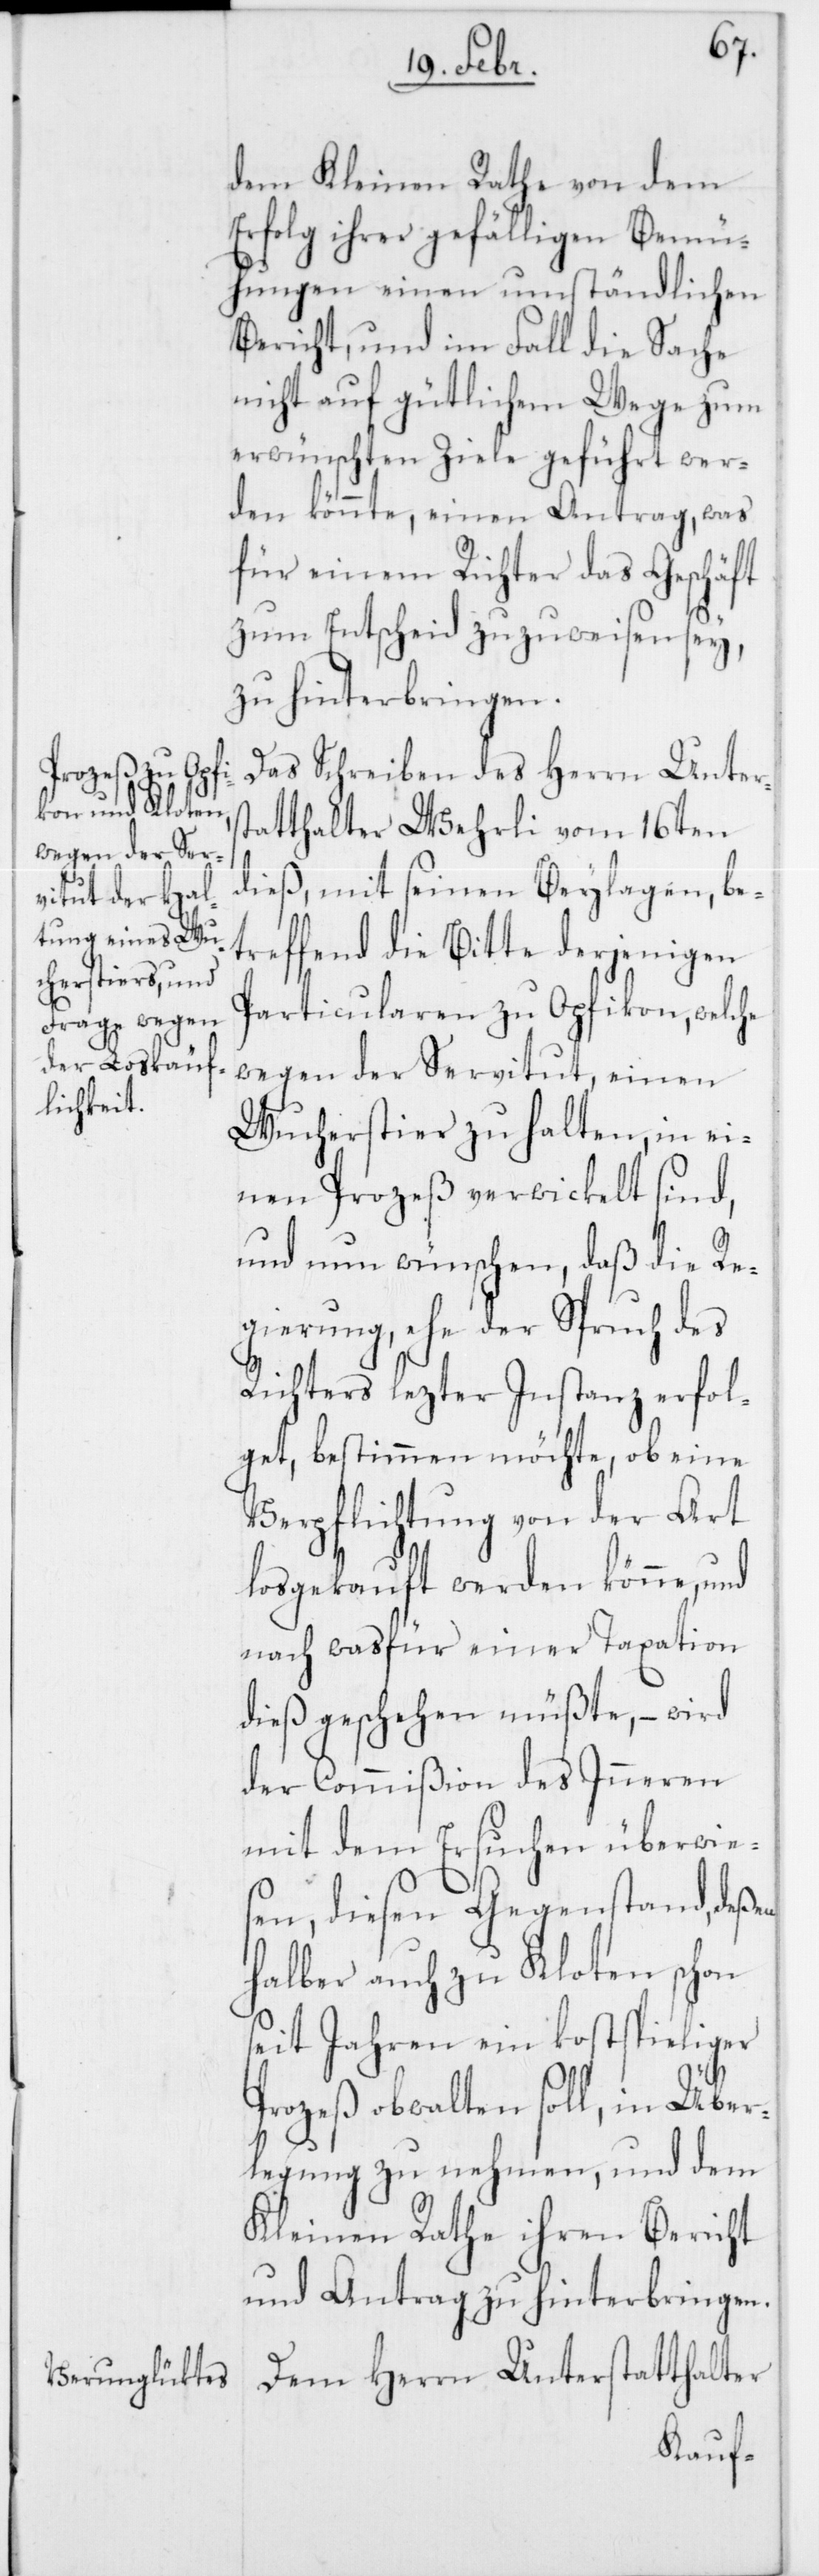
dem Kleinen Rathe von dem
Erfolg ihrer gefälligen Bemü¬
hungen einen umständlichen
Bericht, und im Fall die Sache
nicht auf gütlichem Wege zum
erwünschten Ziele geführt wer¬
den könnte, einen Antrag, was
für einem Richter das Geschäft
zum Entscheid zuzuweisen sey,
zu hinterbringen.
Das Schreiben des Herrn Unters¬
tatthalter Wehrli vom 16ten
dieß, mit seinen Beylagen, be¬
treffend die Bitte derjenigen
Particularen zu Opfikon, welche
wegen der Servitut, einen
Wucherstier zu halten, in ei¬
nen Prozeß verwickelt sind,
und nun wünschen, daß die Re¬
gierung, ehe der Spruch des
Richters lezter Instanz erfol¬
get, bestimmen möchte, ob eine
Verpflichtung von der Art
losgekauft werden könne,
nach was für einer Taxation
dies geschehen müßte, – wird
der Commißion des Inneren
mit dem Ersuchen überwie¬
sen, diesen Gegenstand, deßen
halber auch zu Kloten schon
seit Jahren ein kostspieliger
Prozeß obwalten soll, in Über¬
legung zu nehmen, und dem
Kleinen Rathe ihren Bericht
und Antrag zu hinterbringen.
Dem Herrn Unterstatthalter